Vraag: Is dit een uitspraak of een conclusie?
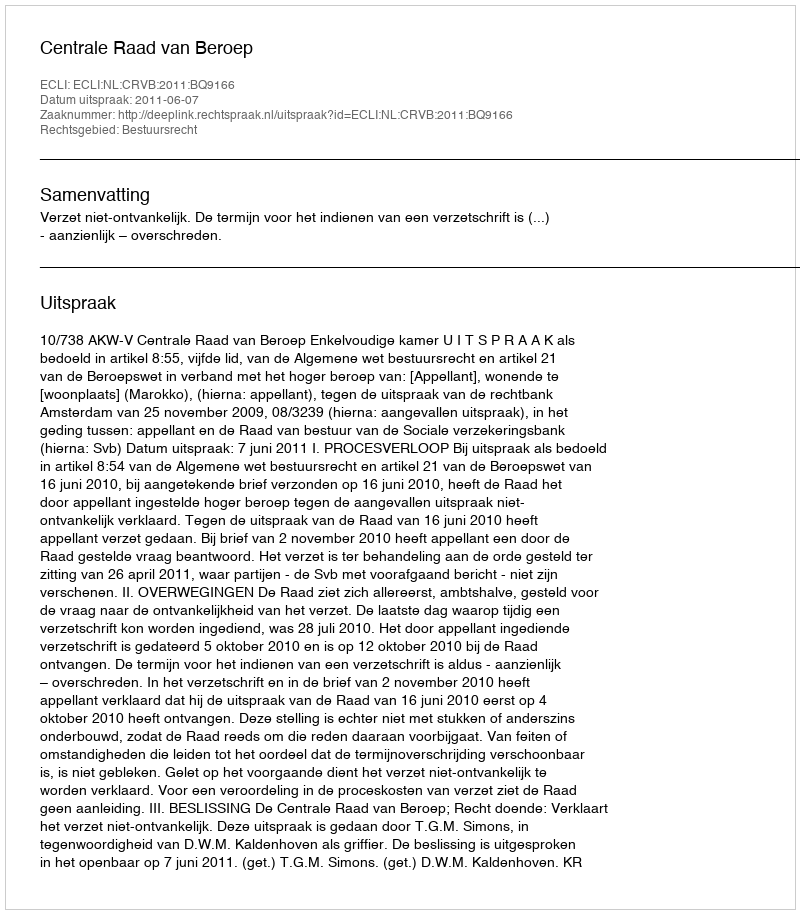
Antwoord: Uitspraak